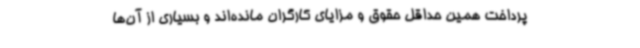
پرداخت همین حداقل حقوق و مزایای کارگران مانده‌اند و بسیاری از آن‌ها